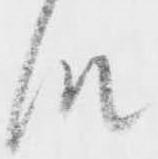
段